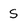
Character: S